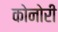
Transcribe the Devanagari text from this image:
कोनोरी